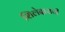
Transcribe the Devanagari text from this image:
शिलेदाराची